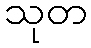
သုတ